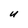
Character: u